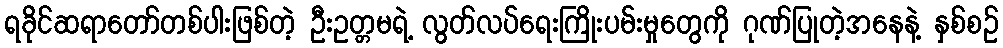
ရခိုင်ဆရာတော်တစ်ပါးဖြစ်တဲ့ ဦးဥတ္တမရဲ့ လွတ်လပ်ရေးကြိုးပမ်းမှုတွေကို ဂုဏ်ပြုတဲ့အနေနဲ့ နှစ်စဉ်